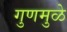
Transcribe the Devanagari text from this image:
गुणमुळे